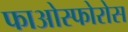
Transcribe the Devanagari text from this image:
फाओस्फोरोस